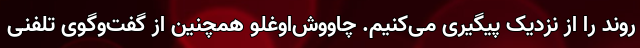
روند را از نزدیک پیگیری می‌کنیم. چاووش‌اوغلو همچنین از گفت‌وگوی تلفنی